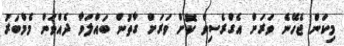
މިކަން ޖެހޭނެ ވަރަށް އެގްރެސިވް ކޮށް ވަރަށް ގާތުން ބައްލަވާ ދެއްވަން މެމްބަރު